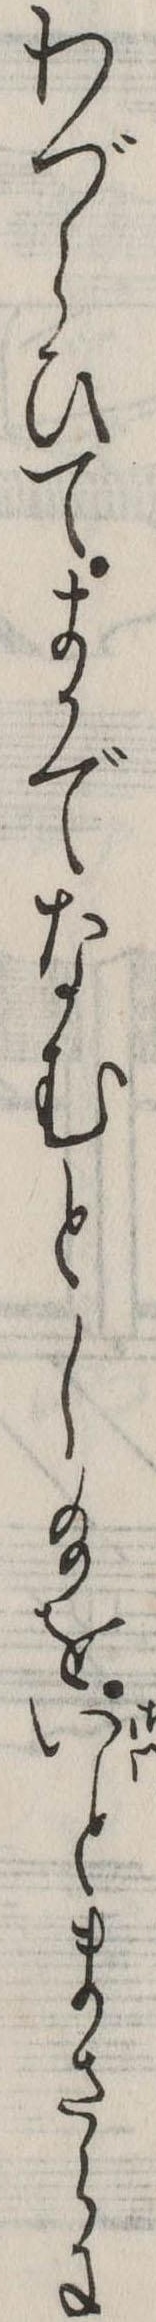
わづらひてまかでなむとし給をいとまさらに